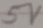
Text: 5V